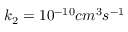
k _ { 2 } = 1 0 ^ { - 1 0 } c m ^ { 3 } s ^ { - 1 }